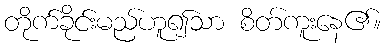
တိုက်ခိုင်းမည်ဟူ၍သာ စိတ်ကူးနေ၏။